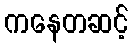
ကနေတဆင့်